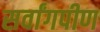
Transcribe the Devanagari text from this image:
सर्वांगपीण